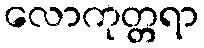
လောကုတ္တရာ